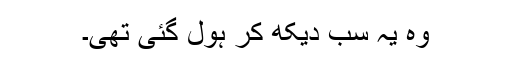
وہ یہ سب دیکھ کر ہول گئی تھی۔